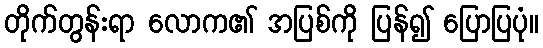
တိုက်တွန်းရာ လောက၏ အပြစ်ကို ပြန်၍ ပြောပြပုံ။